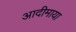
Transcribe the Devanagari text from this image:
आदीमाया